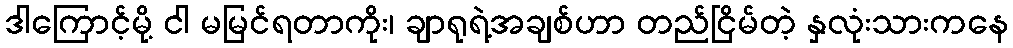
ဒါကြောင့်မို့ ငါ မမြင်ရတာကိုး၊ ချာရုရဲ့အချစ်ဟာ တည်ငြိမ်တဲ့ နှလုံးသားကနေ